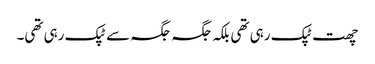
چھت ٹپک رہی تھی بلکہ جگہ جگہ سے ٹپک رہی تھی۔